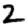
Digit: 2